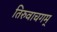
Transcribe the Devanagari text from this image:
तिरुवाचगम्‌